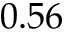
0 . 5 6